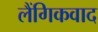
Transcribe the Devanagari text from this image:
लैंगिकवाद